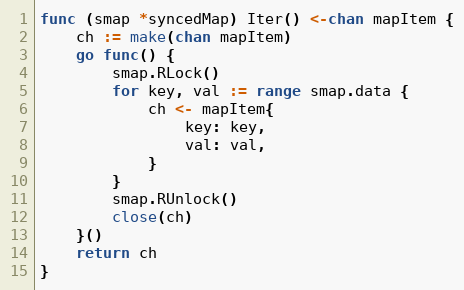
Language: Go
func (smap *syncedMap) Iter() <-chan mapItem {
	ch := make(chan mapItem)
	go func() {
		smap.RLock()
		for key, val := range smap.data {
			ch <- mapItem{
				key: key,
				val: val,
			}
		}
		smap.RUnlock()
		close(ch)
	}()
	return ch
}